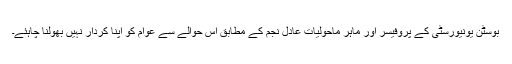
بوسٹن یونیورسٹی کے پروفیسر اور ماہر ماحولیات عادل نجم کے مطابق اس حوالے سے عوام کو اپنا کردار نہیں بھولنا چاہئے۔